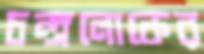
চন্দ্রলোকের